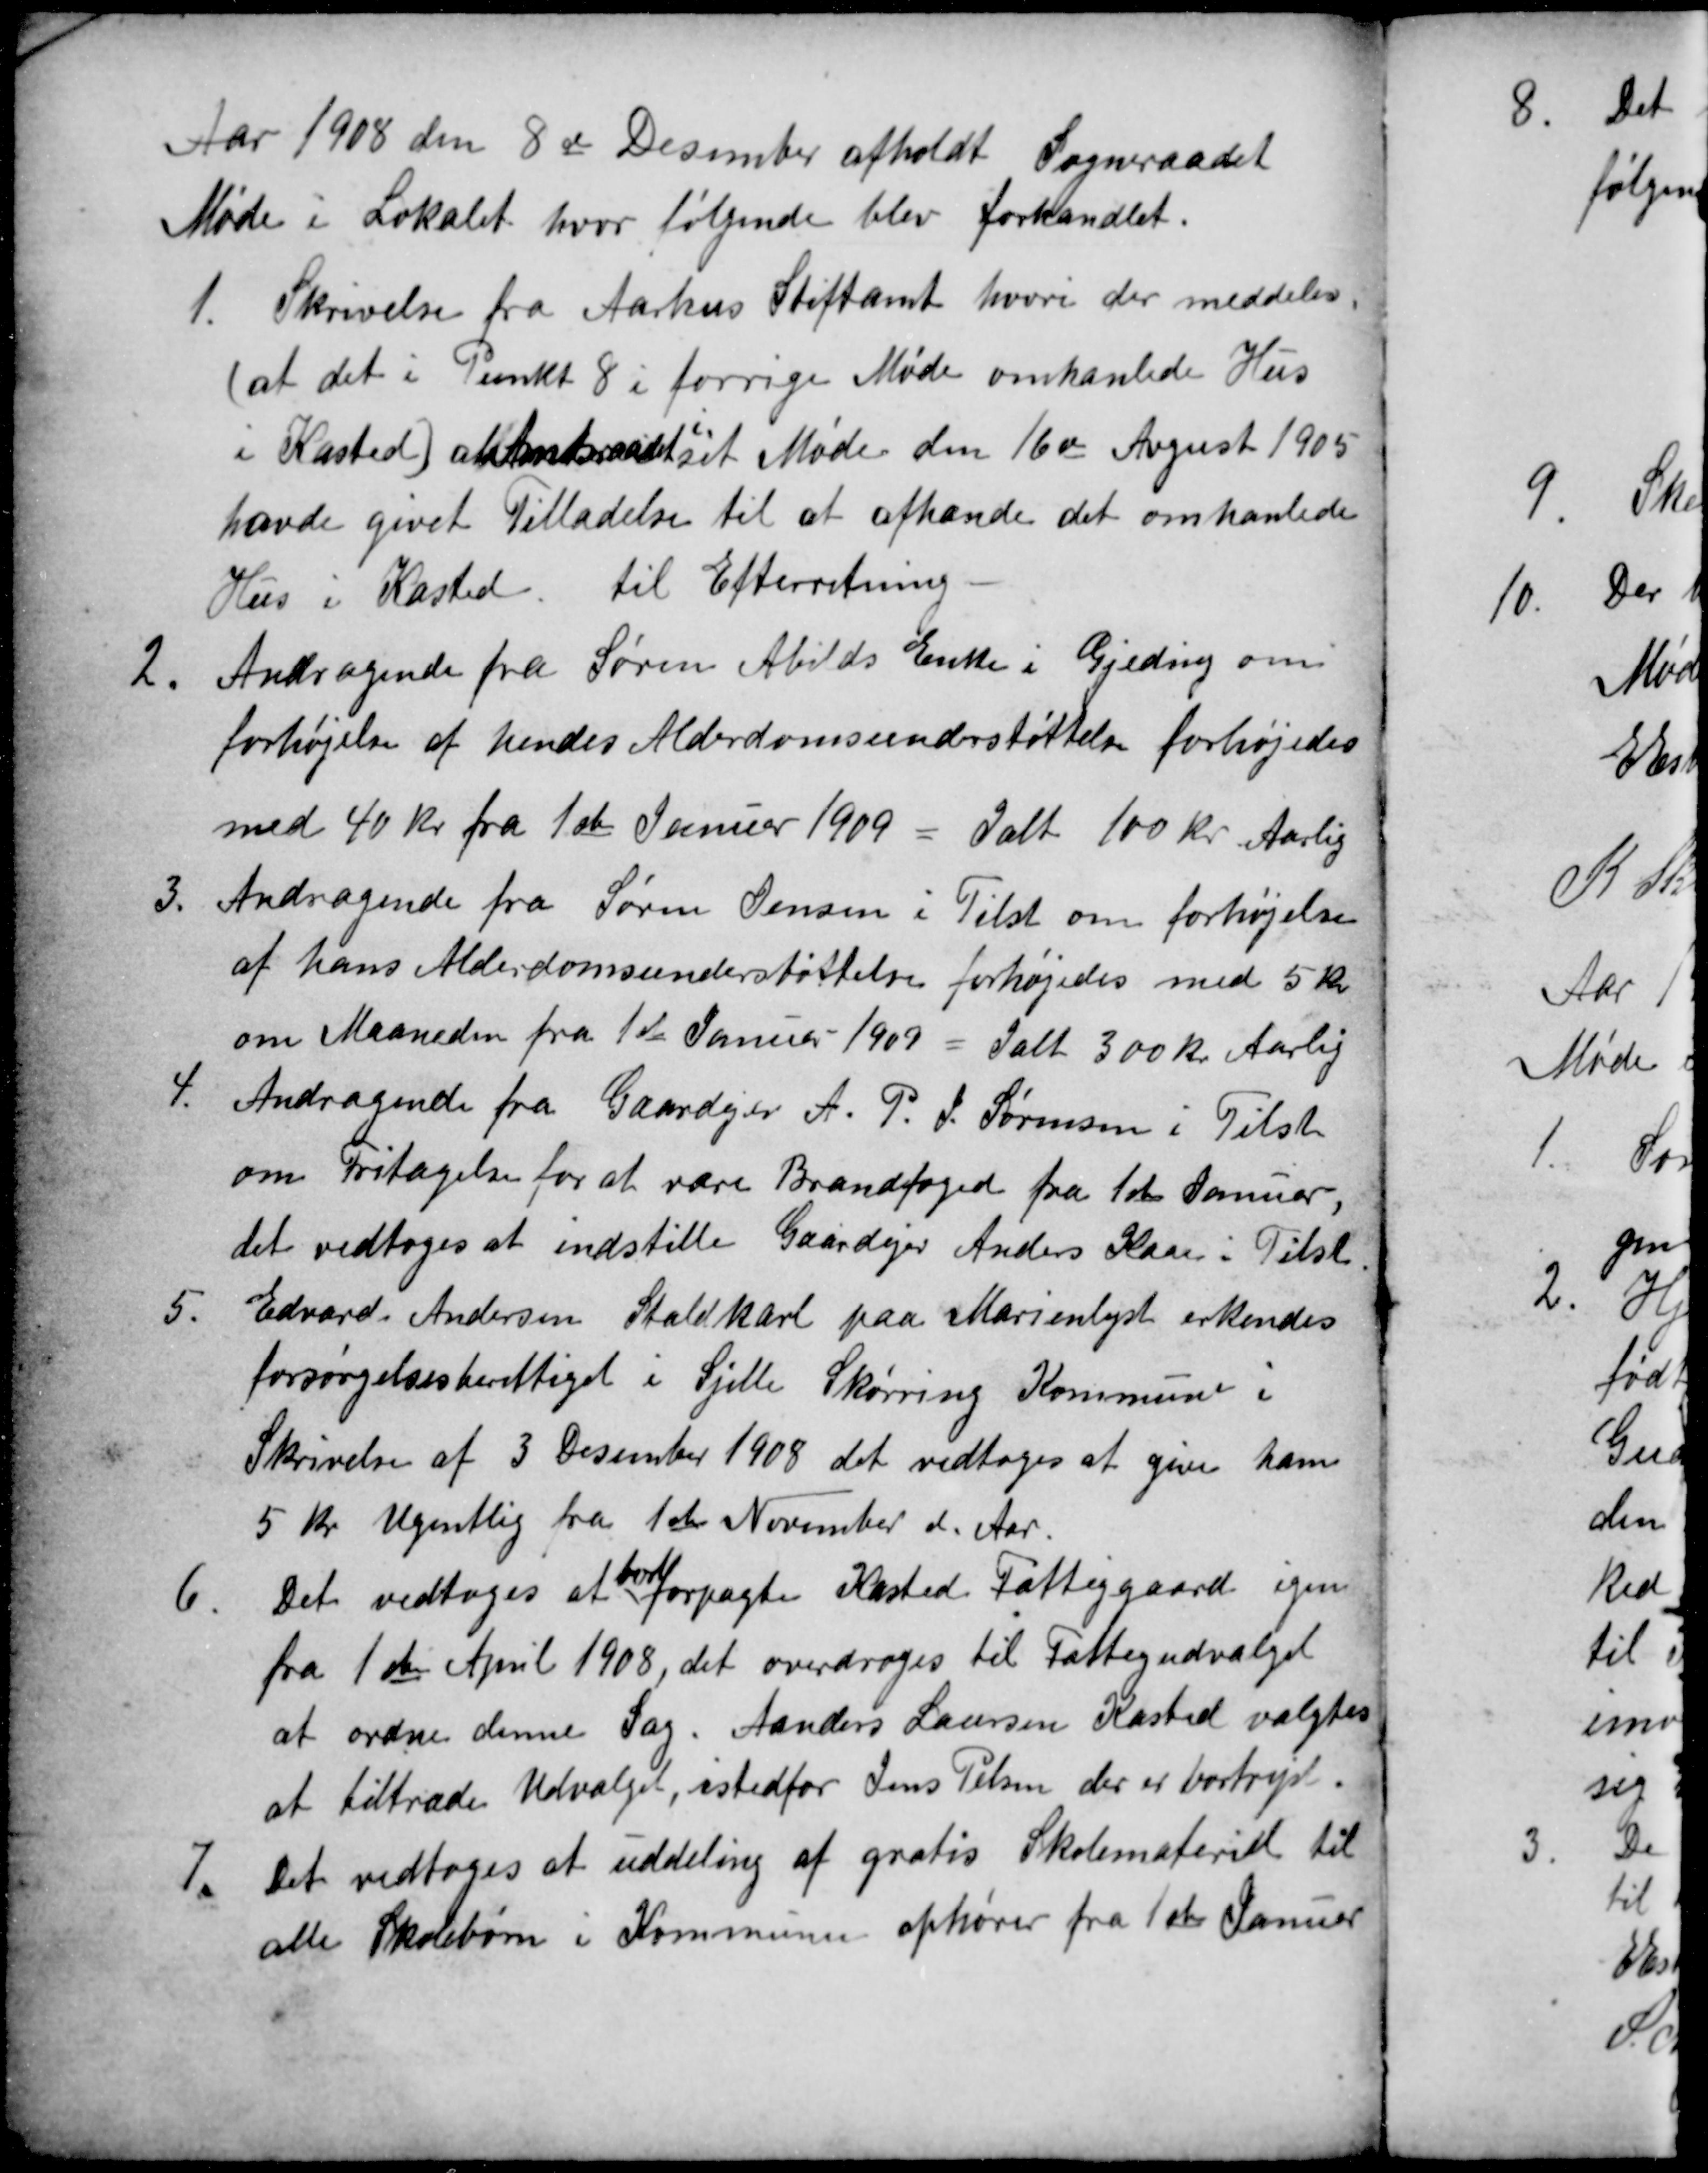
Transskription:
Aar 1908 den 8de Desember afholdt Sogneraadet
Møde i Lokalet hvor følgende blev forhandlet.
1.
Skrivelse fra Aarhus Stiftamt hvori der meddeles
(at det i Punkt 8 i forrige Møde omhanlede Hus
i Kasted) at Amtsraadet
i
sit Møde den 16de August 1905
havde givet Tilladelse til at afhænde det omhanlede
Hus i Kasted. til Efterretning.
2.
Andragende fra Søren Abilds Enke i Gjeding om
forhøjelse af hendes Alderdomsunderstøttelse forhøjedes
med 40 Kr fra 1ste Januar 1909 = Ialt 100 Kr Aarlig
3.
Andragende fra Søren Jensen i Tilst om forhøjelse
af hans Alderdomsunderstøttelse forhøjedes med 5 Kr
om Maaneden fra 1ste Januar 1909 = Ialt 300 Kr Aarlig
4.
Andragende fra Gaardejer A. P. J. Sørensen i Tilst
om Fritagelse for at være Brandfoged fra 1ste Januar,
det vedtoges at indstille Gaardejer Anders Kaae i Tilst
5.
Edvard Andersen Staldkarl paa Marienlyst erkendes
forsørgelsesberettiget i Sjelle Skørring Kommune i
Skrivelse af 3 Desember 1908 det vedtoges at give ham
5 Kr Ugentlig fra 1ste November d. Aar.
6.
Det vedtoges at
bort
forpagte Kasted Fattiggaard igen
fra 1ste April 1908, det overdroges til Fattigudvalget
at ordne denne Sag. Anders Laursen Kasted valgtes
at tiltræde Udvalget, istedfor Jens Pelsen der er bortrejst.
7.
Det vedtoges at uddeling af gratis Skolemateriel til
alle Skolebørn i Kommunen ophører fra 1ste Januar